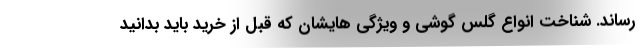
رساند. شناخت انواع گلس گوشی و ویژگی هایشان که قبل از خرید باید بدانید